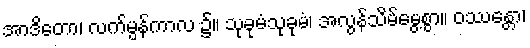
အာဒိတော၊ လက်မွန်ကာလ ၌။ သုခုမံသုခုမံ၊ အလွန်သိမ်မွေ့စွာ။ ဝဿန္တော၊